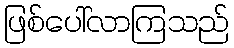
ဖြစ်ပေါ်လာကြသည်